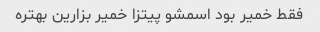
فقط خمیر بود اسمشو پیتزا خمیر بزارین بهتره